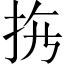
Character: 𱟳